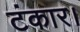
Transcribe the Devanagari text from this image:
टंकार।